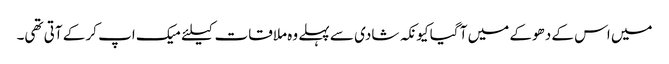
میں اس کے دھوکے میں آ گیا کیونکہ شادی سے پہلے وہ ملاقات کیلئے میک اپ کر کے آتی تھی۔